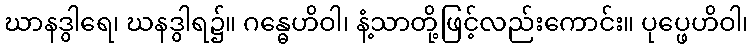
ဃာနဒွါရေ၊ ဃနဒွါရ၌။ ဂန္ဓေဟိဝါ၊ နံ့သာတို့ဖြင့်လည်းကောင်း။ ပုပ္ဖေဟိဝါ၊